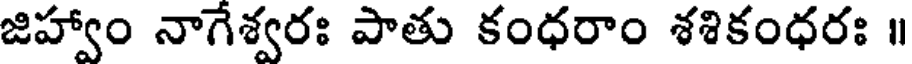
జిహ్వాం నాగేశ్వరః పాతు కంధరాం శశికంధరః ॥